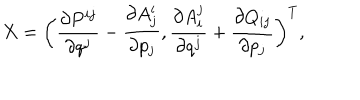
LaTeX: X = \bigg ( \frac { \partial P ^ { i j } } { \partial q ^ { j } } - \frac { \partial A _ { j } ^ { i } } { \partial p _ { j } } , \frac { \partial A _ { i } ^ { j } } { \partial q ^ { j } } + \frac { \partial Q _ { i j } } { \partial p _ { j } } \bigg ) ^ { T } ,